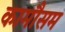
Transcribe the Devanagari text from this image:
कामौसम